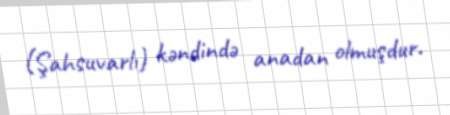
(Şahsuvarlı) kəndində anadan olmuşdur.